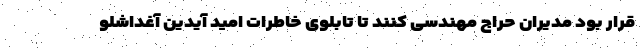
قرار بود مدیران حراج مهندسی کنند تا تابلوی خاطرات امید آیدین آغداشلو